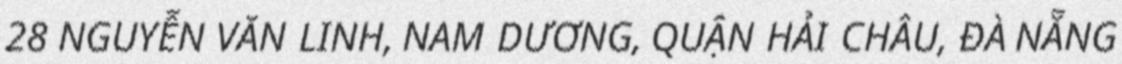
28 NGUYỄN VĂN LINH, NAM DƯƠNG, QUẬN HẢI CHÂU, ĐÀ NẴNG